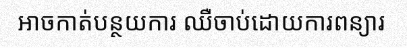
អាចកាត់បន្ថយការ ឈឺចាប់ដោយការពន្យារ